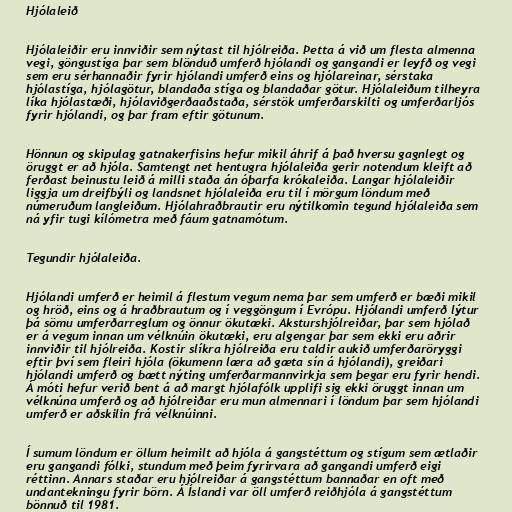
Hjólaleið

Hjólaleiðir eru innviðir sem nýtast til hjólreiða. Þetta á við um flesta almenna
vegi, göngustíga þar sem blönduð umferð hjólandi og gangandi er leyfð og vegi
sem eru sérhannaðir fyrir hjólandi umferð eins og hjólareinar, sérstaka
hjólastíga, hjólagötur, blandaða stíga og blandaðar götur. Hjólaleiðum tilheyra
líka hjólastæði, hjólaviðgerðaaðstaða, sérstök umferðarskilti og umferðarljós
fyrir hjólandi, og þar fram eftir götunum.

Hönnun og skipulag gatnakerfisins hefur mikil áhrif á það hversu gagnlegt og
öruggt er að hjóla. Samtengt net hentugra hjólaleiða gerir notendum kleift að
ferðast beinustu leið á milli staða án óþarfa krókaleiða. Langar hjólaleiðir
liggja um dreifbýli og landsnet hjólaleiða eru til í mörgum löndum með
númeruðum langleiðum. Hjólahraðbrautir eru nýtilkomin tegund hjólaleiða sem
ná yfir tugi kílómetra með fáum gatnamótum.

Tegundir hjólaleiða.

Hjólandi umferð er heimil á flestum vegum nema þar sem umferð er bæði mikil
og hröð, eins og á hraðbrautum og í veggöngum í Evrópu. Hjólandi umferð lýtur
þá sömu umferðarreglum og önnur ökutæki. Aksturshjólreiðar, þar sem hjólað
er á vegum innan um vélknúin ökutæki, eru algengar þar sem ekki eru aðrir
innviðir til hjólreiða. Kostir slíkra hjólreiða eru taldir aukið umferðaröryggi
eftir því sem fleiri hjóla (ökumenn læra að gæta sín á hjólandi), greiðari
hjólandi umferð og bætt nýting umferðarmannvirkja sem þegar eru fyrir hendi.
Á móti hefur verið bent á að margt hjólafólk upplifi sig ekki öruggt innan um
vélknúna umferð og að hjólreiðar eru mun almennari í löndum þar sem hjólandi
umferð er aðskilin frá vélknúinni.

Í sumum löndum er öllum heimilt að hjóla á gangstéttum og stígum sem ætlaðir
eru gangandi fólki, stundum með þeim fyrirvara að gangandi umferð eigi
réttinn. Annars staðar eru hjólreiðar á gangstéttum bannaðar en oft með
undantekningu fyrir börn. Á Íslandi var öll umferð reiðhjóla á gangstéttum
bönnuð til 1981.